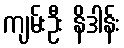
ကျမ်းဦး နိဒါန်း